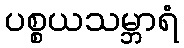
ပစ္စယသမ္ဘာရံ